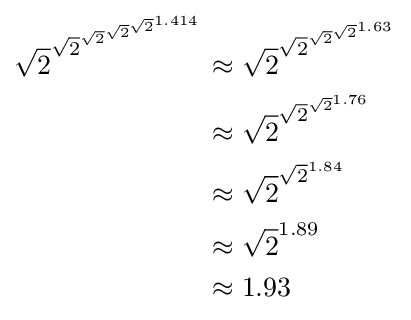
{\begin{aligned}{\sqrt {2}}^{{\sqrt {2}}^{{\sqrt {2}}^{{\sqrt {2}}^{{\sqrt {2}}^{1.414}}}}}&\approx {\sqrt {2}}^{{\sqrt {2}}^{{\sqrt {2}}^{{\sqrt {2}}^{1.63}}}}\\&\approx {\sqrt {2}}^{{\sqrt {2}}^{{\sqrt {2}}^{1.76}}}\\&\approx {\sqrt {2}}^{{\sqrt {2}}^{1.84}}\\&\approx {\sqrt {2}}^{1.89}\\&\approx 1.93\end{aligned}}